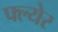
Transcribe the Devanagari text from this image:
फ्ल्येर